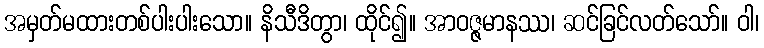
အမှတ်မထားတစ်ပါးပါးသော။ နိသီဒိတွာ၊ ထိုင်၍။ အာဝဇ္ဇမာနဿ၊ ဆင်ခြင်လတ်သော်။ ဝါ၊